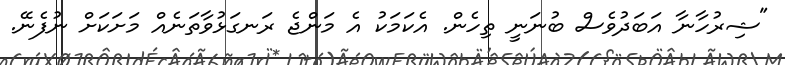
"ޝިރުހާނާ އަބަދުވެސް ބުނަނީ ތިހެން. އެކަމަކު އެ މަންޖެ ރަނގަޅުވާތަނެއް މަށަކަށް ނުފެނޭ.